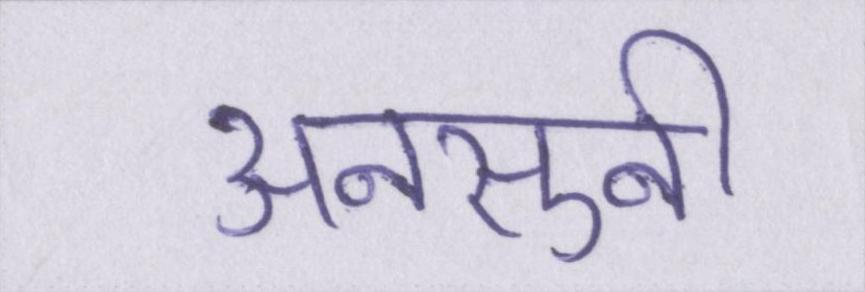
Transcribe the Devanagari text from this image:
अनसुनी